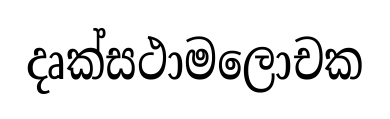
දෘක්සථාමලොචක